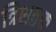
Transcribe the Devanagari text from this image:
त्रिशतक